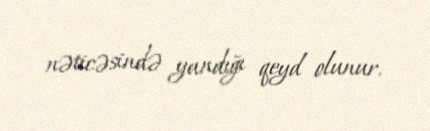
nəticəsində yandığı qeyd olunur.